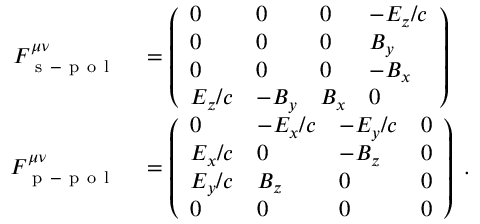
\begin{array} { r l } { F _ { \mathrm { ~ s ~ - ~ p ~ o ~ l ~ } } ^ { \mu \nu } } & { { } = \left( \begin{array} { l l l l } { 0 } & { 0 } & { 0 } & { - E _ { z } / c } \\ { 0 } & { 0 } & { 0 } & { B _ { y } } \\ { 0 } & { 0 } & { 0 } & { - B _ { x } } \\ { E _ { z } / c } & { - B _ { y } } & { B _ { x } } & { 0 } \end{array} \right) } \\ { F _ { \mathrm { ~ p ~ - ~ p ~ o ~ l ~ } } ^ { \mu \nu } } & { { } = \left( \begin{array} { l l l l } { 0 } & { - E _ { x } / c } & { - E _ { y } / c } & { 0 } \\ { E _ { x } / c } & { 0 } & { - B _ { z } } & { 0 } \\ { E _ { y } / c } & { B _ { z } } & { 0 } & { 0 } \\ { 0 } & { 0 } & { 0 } & { 0 } \end{array} \right) \; . } \end{array}